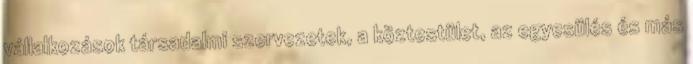
vállalkozások társadalmi szervezetek, a köztestület, az egyesülés és más